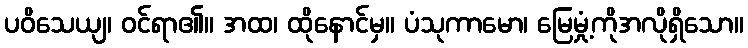
ပဝိသေယျ၊ ဝင်ရာ၏။ အထ၊ ထိုနောင်မှ။ ပံသုကာမော၊ မြေမှုံ့ကိုအလိုရှိသော။